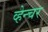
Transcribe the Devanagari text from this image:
व्हेन्चर